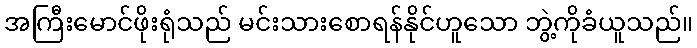
အကြီးမောင်ဖိုးရုံသည် မင်းသားစောရန်နိုင်ဟူသော ဘွဲ့ကိုခံယူသည်။